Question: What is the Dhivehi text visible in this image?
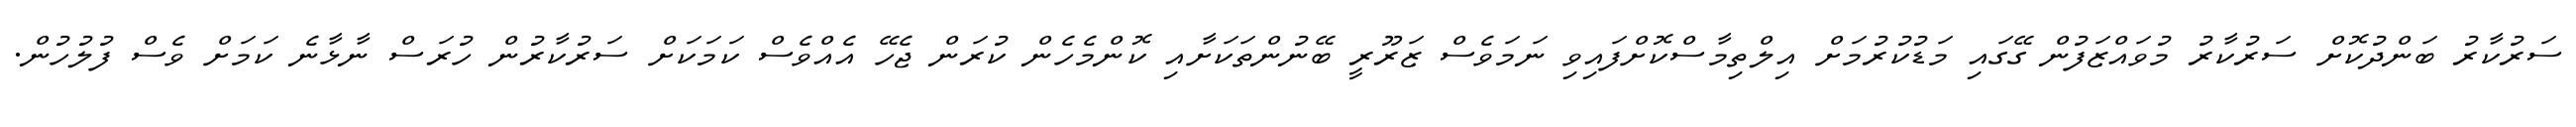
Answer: ސަރުކާރު ބަންދުކޮށް ސަރުކާރު މުވައްޒަފުން ގޭގައި މަޑުކުރުމަށް އިލްތިމާސްކޮށްފައިވި ނަމަވެސް ޒަރޫރީ ބޭނުންތަކަށާއި ކޮންމެހެން ކުރަން ޖެހޭ އެއްވެސް ކަމަކަށް ސަރުކާރުން ހުރަސް ނާޅާނެ ކަމަށް ވެސް ފުލުހުން.